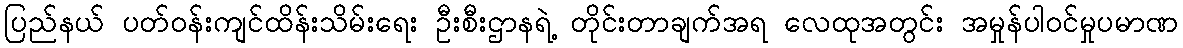
ပြည်နယ် ပတ်ဝန်းကျင်ထိန်းသိမ်းရေး ဦးစီးဌာနရဲ့ တိုင်းတာချက်အရ လေထုအတွင်း အမှုန်ပါဝင်မှုပမာဏ